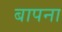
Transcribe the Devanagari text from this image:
बापना